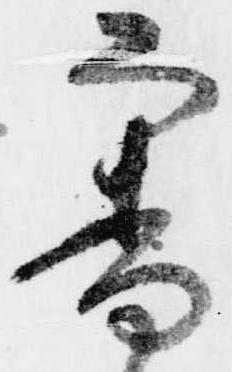
審